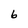
Character: 6